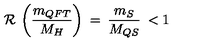
{ \cal R } \: \left( \frac { m _ { Q F T } } { M _ { H } } \right) \: = \: \frac { m _ { S } } { M _ { Q S } } \: < 1